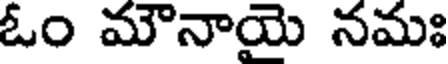
ఓం మౌనాయె నమః